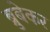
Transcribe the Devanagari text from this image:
ब्रुबेकर